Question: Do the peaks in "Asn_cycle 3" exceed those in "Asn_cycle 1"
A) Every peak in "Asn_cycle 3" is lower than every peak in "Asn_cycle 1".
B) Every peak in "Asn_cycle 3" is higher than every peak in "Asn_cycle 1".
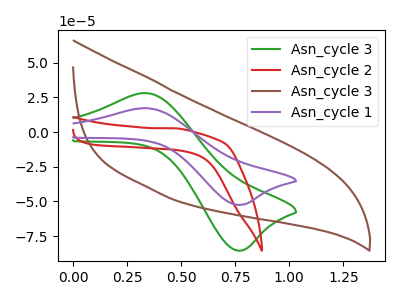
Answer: <think>The green curve "Asn_cycle 3" has an anodic peak at (0.35V, 28.05uA) and a cathodic peak at (0.75V, -85.45uA). The red curve "Asn_cycle 2" has no peaks. The brown curve "Asn_cycle 3" has no peaks. The purple curve "Asn_cycle 1" has an anodic peak at (0.35V, 17.20uA) and a cathodic peak at (0.75V, -52.45uA).</think>
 <answer>B) Every peak in "Asn_cycle 3" is higher than every peak in "Asn_cycle 1".</answer>
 <eval>B</eval>